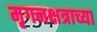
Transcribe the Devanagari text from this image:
मृगनक्षत्राच्या